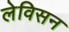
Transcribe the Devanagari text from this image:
लेविसन